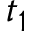
t _ { 1 }